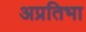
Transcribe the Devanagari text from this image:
अप्रतिभा